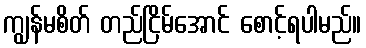
ကျွန်မစိတ် တည်ငြိမ်အောင် စောင့်ရပါမည်။